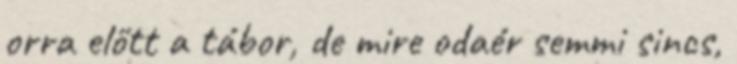
orra előtt a tábor, de mire odaér semmi sincs,